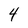
Character: 4